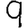
Digit: 9